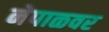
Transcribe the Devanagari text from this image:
नेपाळवर